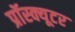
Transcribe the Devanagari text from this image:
प्रॉस्क्यूटर